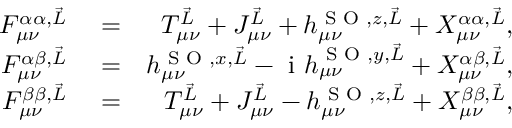
\begin{array} { r l r } { F _ { \mu \nu } ^ { \alpha \alpha , \vec { L } } } & { { } = } & { T _ { \mu \nu } ^ { \vec { L } } + J _ { \mu \nu } ^ { \vec { L } } + h _ { \mu \nu } ^ { \textrm { S O } , z , \vec { L } } + X _ { \mu \nu } ^ { \alpha \alpha , \vec { L } } , } \\ { F _ { \mu \nu } ^ { \alpha \beta , \vec { L } } } & { { } = } & { h _ { \mu \nu } ^ { \textrm { S O } , x , \vec { L } } - \mathrm { ~ i ~ } h _ { \mu \nu } ^ { \textrm { S O } , y , \vec { L } } + X _ { \mu \nu } ^ { \alpha \beta , \vec { L } } , } \\ { F _ { \mu \nu } ^ { \beta \beta , \vec { L } } } & { { } = } & { T _ { \mu \nu } ^ { \vec { L } } + J _ { \mu \nu } ^ { \vec { L } } - h _ { \mu \nu } ^ { \textrm { S O } , z , \vec { L } } + X _ { \mu \nu } ^ { \beta \beta , \vec { L } } , } \end{array}